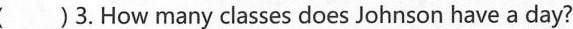
( )3.How many classes does Johnson have a day?